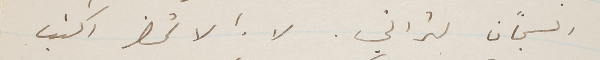
السجان لتراني. لا ! لا تحضر اكتب